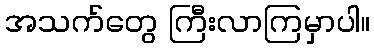
အသက်တွေ ကြီးလာကြမှာပါ။